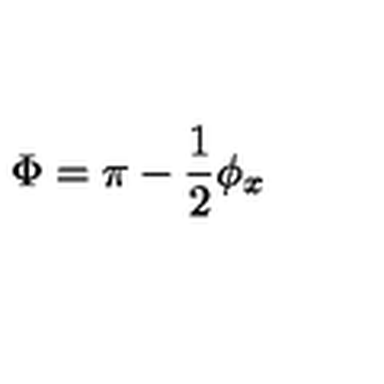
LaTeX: \Phi = \pi - \frac { 1 } { 2 } \phi _ { x }